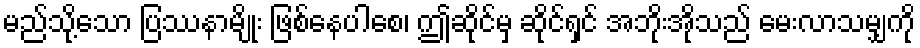
မည်သို့သော ပြဿနာမျိုး ဖြစ်နေပါစေ၊ ဤဆိုင်မှ ဆိုင်ရှင် အဘိုးအိုသည် မေးလာသမျှကို